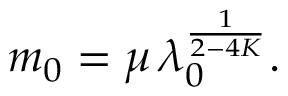
m _ { 0 } = \mu \, \lambda _ { 0 } ^ { \frac { 1 } { 2 - 4 K } } .